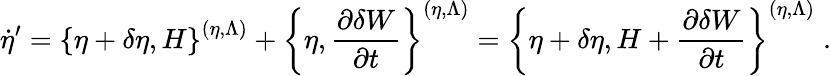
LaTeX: \dot{\eta}^{\prime}=\left\{ \eta+\delta\eta,H\right\} ^{(\eta,\Lambda)}+\left\{ \eta,\frac{\partial\delta W}{\partial t}\right\} ^{(\eta,\Lambda)}=\left\{ \eta+\delta\eta,H+\frac{\partial\delta W}{\partial t}\right\} ^{(\eta,\Lambda)}\; .